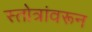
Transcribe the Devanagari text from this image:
स्तोत्रांवरून